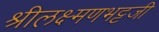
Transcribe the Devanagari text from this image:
श्रीलक्ष्मणभट्टजी